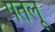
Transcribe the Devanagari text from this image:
पतलू